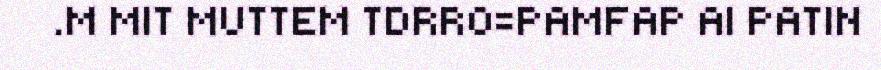
.M MIT MUTTEM TDRRO=PAMFAP AI PATIN